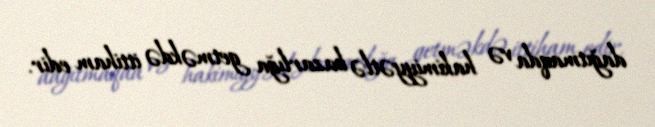
dağıtmaqda və hakimiyyətlə bazarlığa getməkdə ittiham edir.